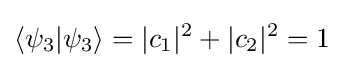
\left\langle \psi _{3}|\psi _{3}\right\rangle =|c_{1}|^{2}+|c_{2}|^{2}=1